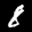
Label: 8